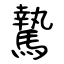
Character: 騺